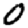
Digit: 0